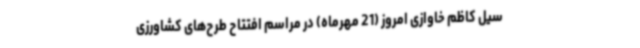
سیل کاظم خاوازی امروز (21 مهرماه) در مراسم افتتاح طرح‌های کشاورزی